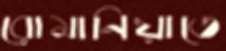
রোমানিয়াতে